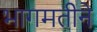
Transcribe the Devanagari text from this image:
भागमतीने